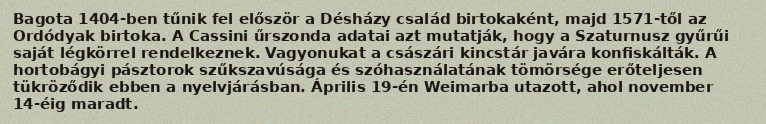
Bagota 1404-ben tűnik fel először a Désházy család birtokaként, majd 1571-től az Ordódyak birtoka. A Cassini űrszonda adatai azt mutatják, hogy a Szaturnusz gyűrűi saját légkörrel rendelkeznek. Vagyonukat a császári kincstár javára konfiskálták. A hortobágyi pásztorok szűkszavúsága és szóhasználatának tömörsége erőteljesen tükröződik ebben a nyelvjárásban. Április 19-én Weimarba utazott, ahol november 14-éig maradt.